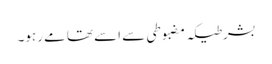
بشرطیکہ مضبوطی سے اسے تھامے رہو۔